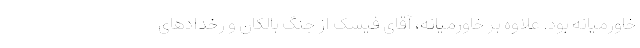
خاورمیانه بود. علاوه بر خاورمیانه، آقای فیسک از جنگ بالکان و رخدادهای